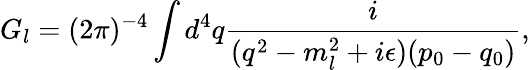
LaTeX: G_{l}=(2\pi)^{-4}\int{d^{4}q{\frac{i}{(q^{2}-m_{l}^{2}+i\epsilon)(p_{0}-q_{0})}}},